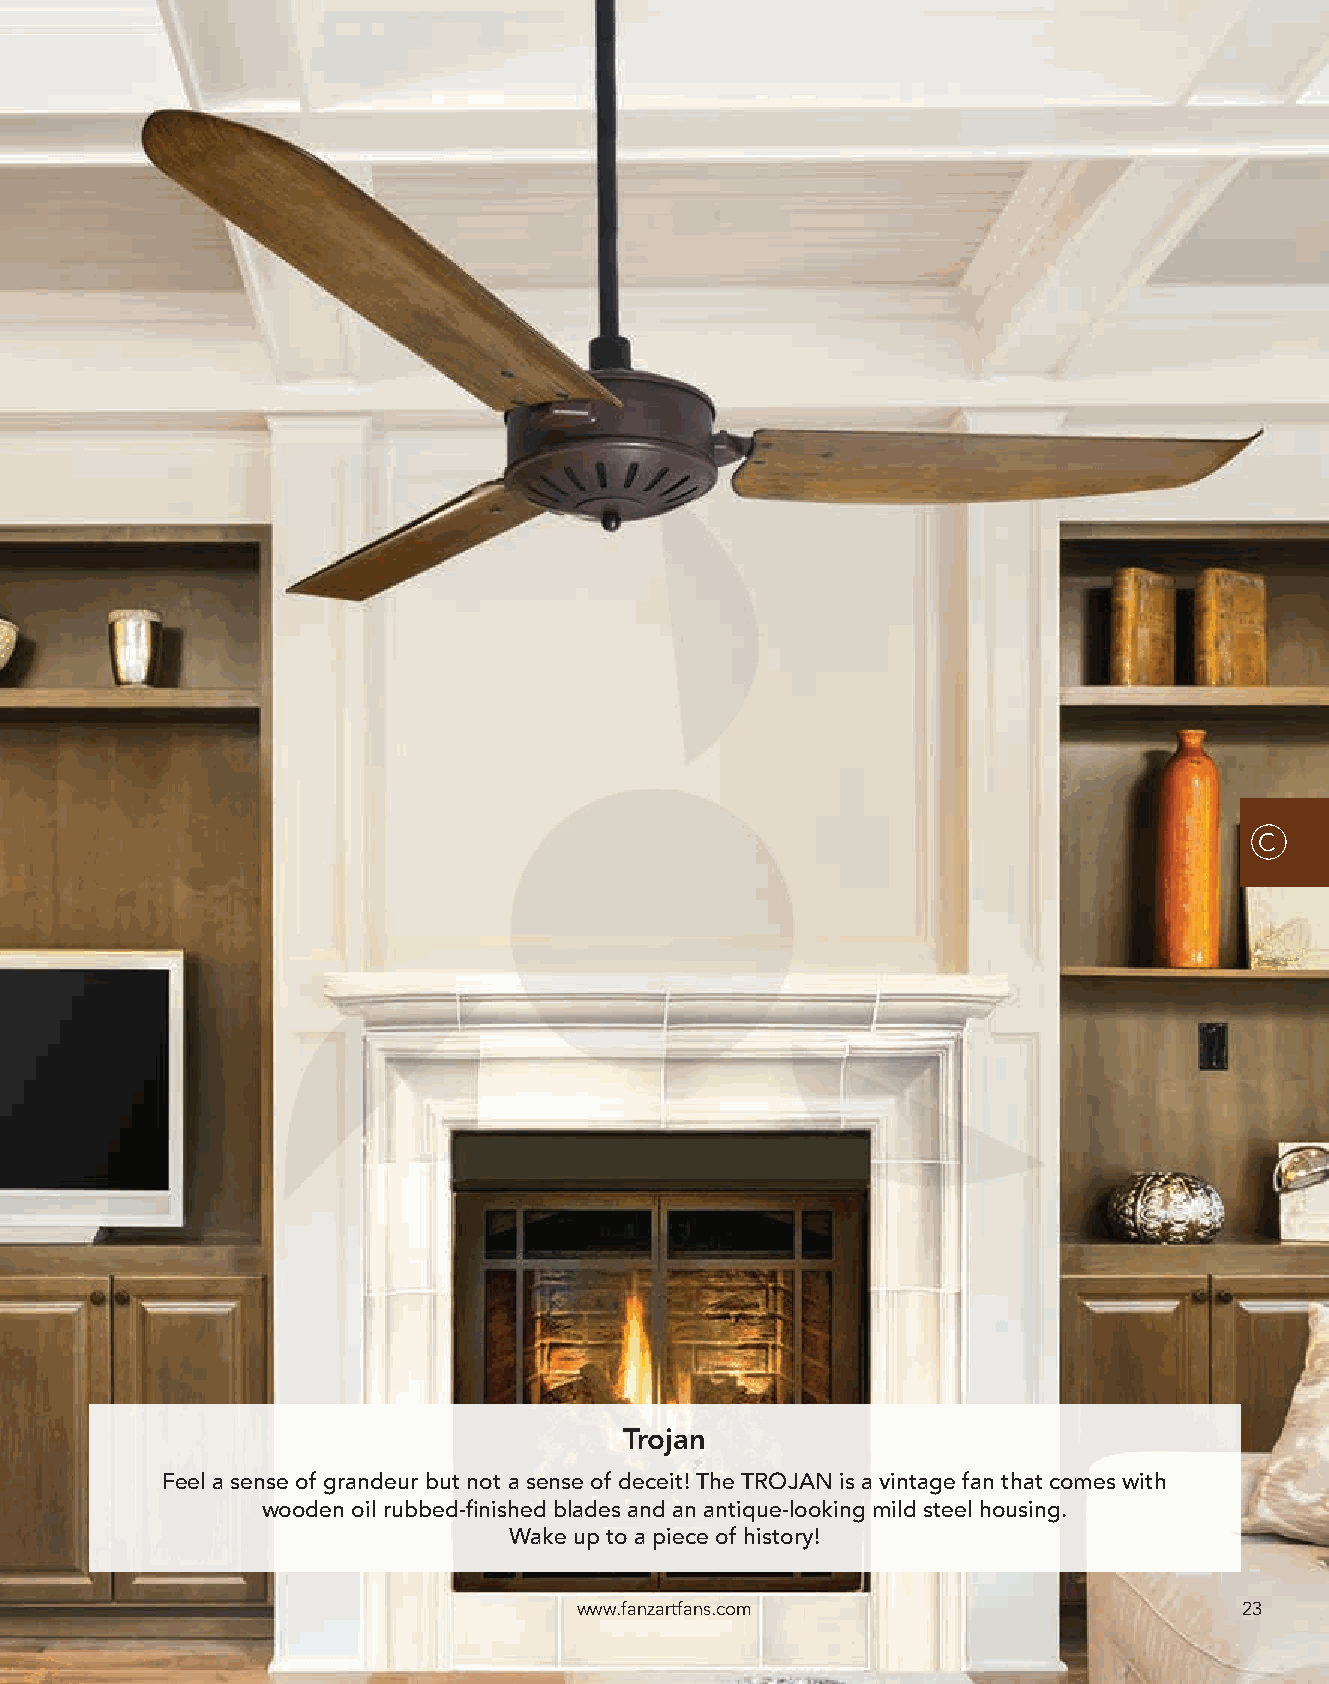
C
 Trojan
 Feel a sense of grandeur but not a sense of deceit! The TROJAN is a vintage fan that comes with
 wooden oil rubbed-finished blades and an antique-looking mild steel housing.
 Wake up to a piece of history!
 www.fanzartfans.com                         23